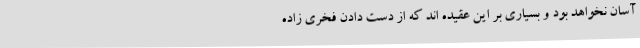
آسان نخواهد بود و بسیاری بر این عقیده اند که از دست دادن فخری زاده